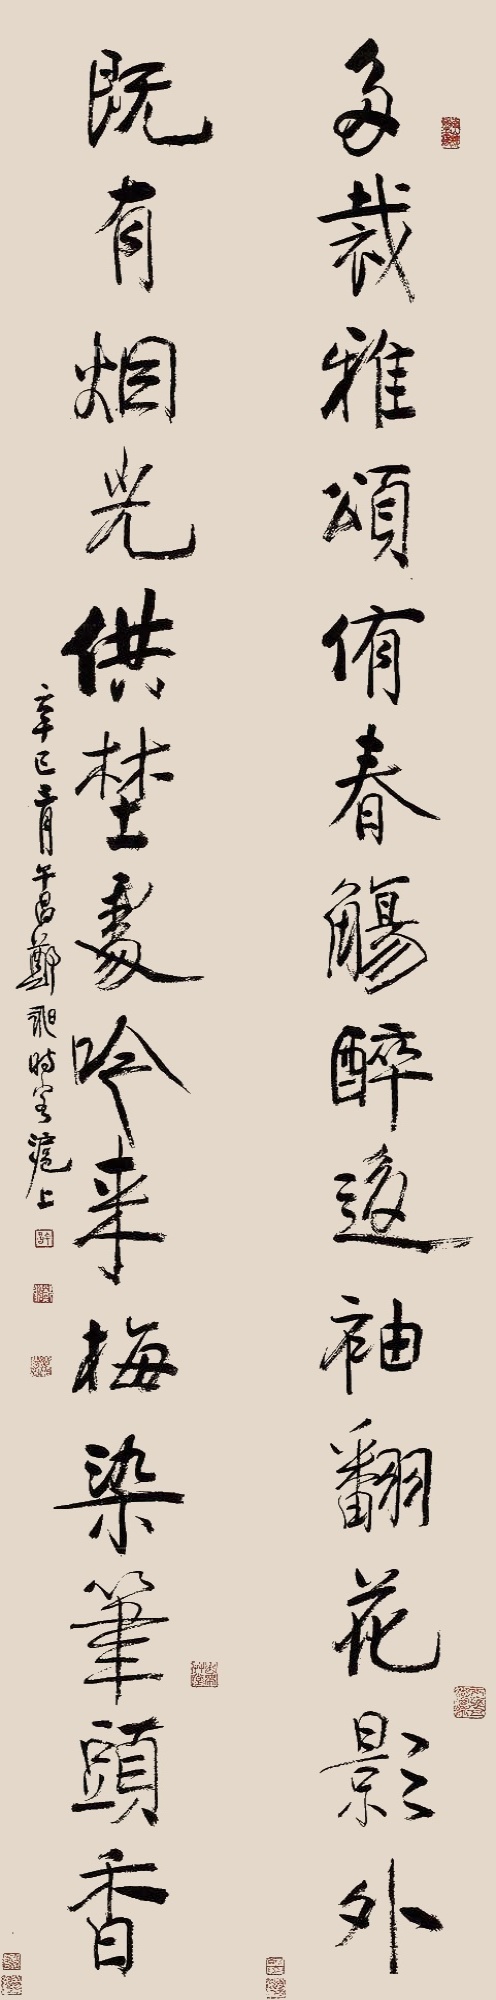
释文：多裁雅颂侑春觞，醉后袖翻花影外;既有烟光供野处,吟来梅染笔头香。辛巳三月，午昌郑昶时客沪上。